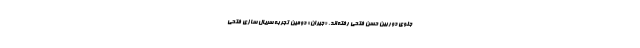
جلوی دوربین حسن فتحی رفته‌اند. «جیران» دومین تجربه سریال سازی فتحی